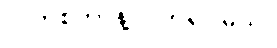
ပလာစတာနဲ့ ပတ်ရပါမယ်။